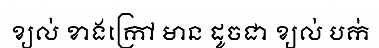
ខ្យល់ ខាងក្រៅ មាន ដូចជា ខ្យល់ បក់